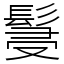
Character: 䯹